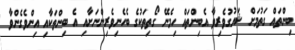
ބިންތައް ގަތުމަށް ޝައުގުވެރިވާ އެބިންތައް ހިމެނޭ ގޯތިތަކުގެ ބެހެނިވެރިންނަށާއި އެ ބިންތަކާއި އިންވެގެންވާ